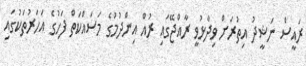
ރައީސް ނަޝީދު އިތުރަށް ވިދާޅުވީ ރާއްޖޭގައި ރުއް އިންދުމުގެ މަސައްކަތް ފަހުގެ އަހަރުތަކުގައި